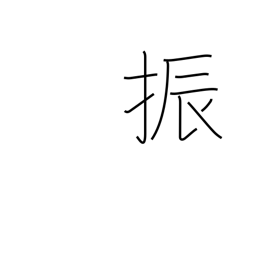
Meaning: swing